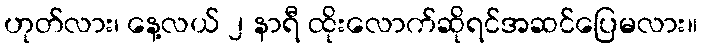
ဟုတ်လား၊ နေ့လယ် ၂ နာရီ ထိုးလောက်ဆိုရင်အဆင်ပြေမလား။